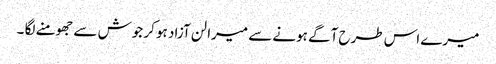
میرے اس طرح آگے ہونے سے میرا لن آزاد ہو کر جوش سے جھومنے لگا ۔